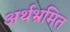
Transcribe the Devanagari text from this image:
अर्थभ्रमित